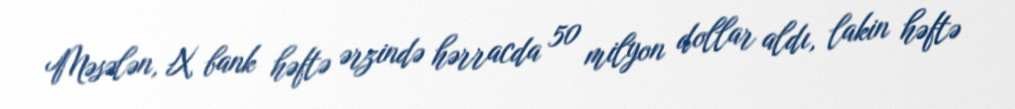
Məsələn, X bank həftə ərzində hərracda 50 milyon dollar aldı, lakin həftə